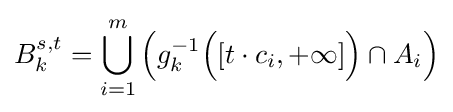
B_{k}^{s,t}=\bigcup _{i=1}^{m}{\Bigl (}g_{k}^{-1}{\Bigl (}[t\cdot c_{i},+\infty ]{\Bigr )}\cap A_{i}{\Bigr )}